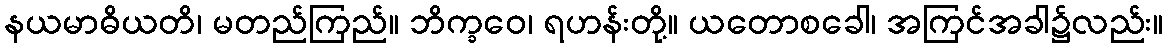
နယမာဓိယတိ၊ မတည်ကြည်။ ဘိက္ခဝေ၊ ရဟန်းတို့။ ယတောစခေါ၊ အကြင်အခါ၌လည်း။